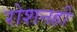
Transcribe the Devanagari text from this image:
रोशनही